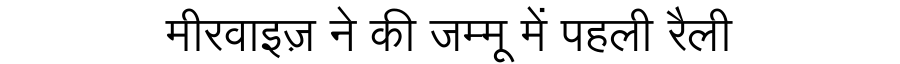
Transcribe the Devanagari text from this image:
मीरवाइज़ ने की जम्मू में पहली रैली